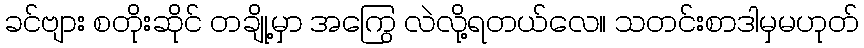
ခင်ဗျား စတိုးဆိုင် တချို့မှာ အကြွေ လဲလို့ရတယ်လေ။ သတင်းစာဒါမှမဟုတ်